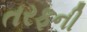
તરફની